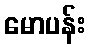
မောပန်း